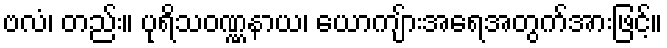
ဗလံ၊ တည်း။ ပုရိသဝဏ္ဏနာယ၊ ယောကျ်ားအရေအတွက်အားဖြင့်။